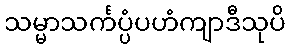
သမ္မာသင်္ကပ္ပံပဟံကျာဒီသုပိ